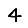
Digit: 4